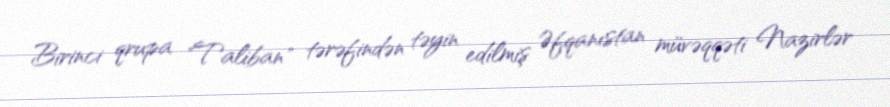
Birinci qrupa "Taliban" tərəfindən təyin edilmiş Əfqanıstan müvəqqəti Nazirlər